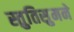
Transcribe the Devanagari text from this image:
स्तुतिसुमने